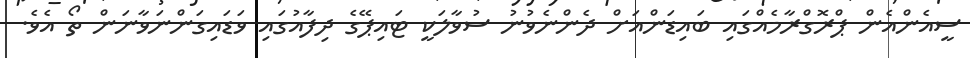
ސީއެންއެން ޕްރޮގްރާމެއްގައި ބައިޑަންއަށް ދެންނެވުނު ސުވާލަކީ ޓައިޕޭގެ ދިފާއުގައި ވަޑައިގަންނަވާނަން ތޯ އެވެ.